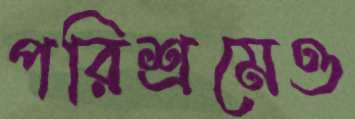
পরিশ্রমেও